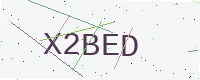
Text: X2BED